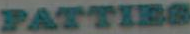
PATTIES